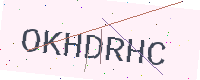
Text: OKHDRHC